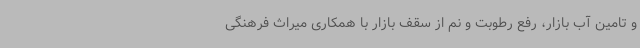
و تامین آب بازار، رفع رطوبت و نم از سقف بازار با همکاری میراث فرهنگی